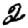
Digit: 2